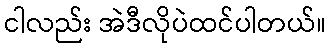
ငါလည်း အဲဒီလိုပဲထင်ပါတယ်။